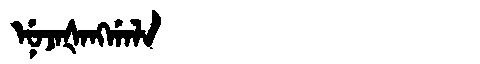
Manchu: ᠨᡠᠵᠠᡧᠠᠩᡤᠠᠯᠠ
Romanization: NUJAŠANGGALA